Report of the Indian Hemp Drugs Commission, 1894-1895 - Volume V
Year: 1894
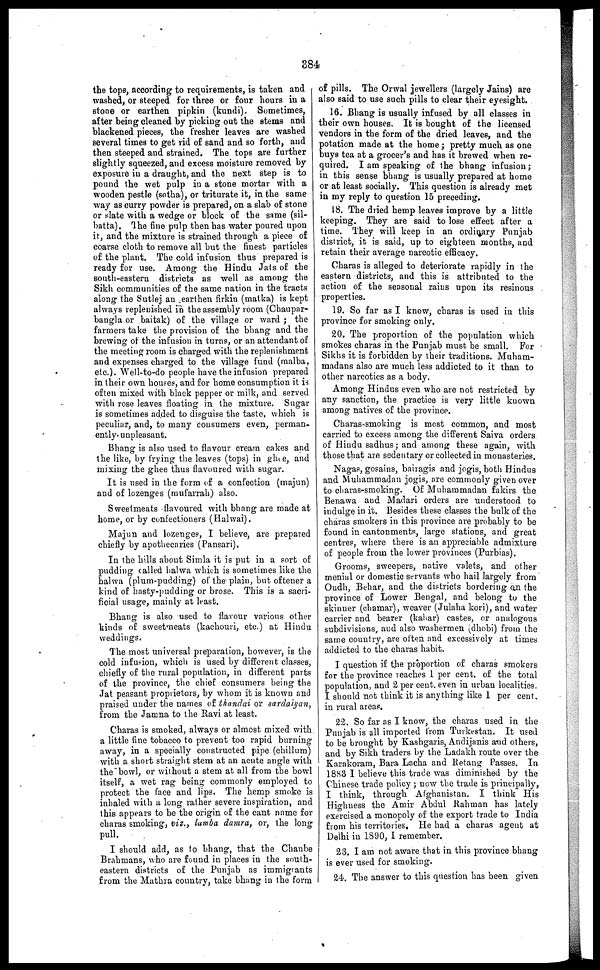
384
the tops, according to requirements, is taken and
washed, or steeped for three or four hours in a
stone or earthen pipkin (kundi). Sometimes,
after being cleaned by picking out the stems and
blackened pieces, the fresher leaves are washed
several times to get rid of sand and so forth, and
then steeped and strained. The tops are further
slightly squeezed, and excess moisture removed by
exposure in a draught, and the next step is to
pound the wet pulp in a stone mortar with a
wooden pestle (sotha), or triturate it, in the same
way as curry powder is prepared, on a slab of stone
or slate with a wedge or block of the same (sil-
batta). The fine pulp then has water poured upon
it, and the mixture is strained through a piece of
coarse cloth to remove all but the finest particles
of the plant. The cold infusion thus prepared is
ready for use. Among the Hindu Jats of the
south-eastern districts as well as among the
Sikh communities of the same nation in the tracts
along the Sutlej an earthen firkin (matka) is kept
always replenished in the assembly room (Chaupar-
baugla or baitak) of the village or ward; the
farmers take the provision of the bhang and the
brewing of the infusion in turns, or an attendant of
the meeting room is charged with the replenishment
and expenses charged to the village fund (malba,
etc.). Well-to-do people have the infusion prepared
in their own houses, and for home consumption it is
often mixed with black pepper or milk, and served
with rose leaves floating in the mixture. Sugar
is sometimes added to disguise the taste, which is
peculiar, and, to many consumers even, perman-
ently unpleasant.
Bhang is also used to flavour cream cakes and
the like, by trying the leaves (tops) in ghee, and
mixing the ghee thus flavoured with sugar.
It is used in the form of a confection (majun)
and of lozenges (mufarrah) also.
Sweetmeats flavoured with bhang are made at
home, or by confectioners (Halwai).
Majun and lozenges, I believe, are prepared
chiefly by apothecaries (Pansari).
In the hills about Simla it is put in a sort of
pudding called halwa which is sometimes like the
halwa (plum-pudding) of the plain, but oftener a
kind of hasty-pudding or brose. This is a sacri-
ficial usage, mainly at least.
Bhang is also used to flavour various other
kinds of sweetmeats (kachouri, etc.) at Hindu
weddings.
The most universal preparation, however, is the
cold infusion, which is used by different classes,
chiefly of the rural population, in different parts
of the province, the chief consumers being the
Jat peasant proprietors, by whom it is known and
praised under the names of thandai or sardaiyan,
from the Jamna to the Ravi at least.
Charas is smoked, always or almost mixed with
a little fine tobacco to prevent too rapid burning
away, in a specially constructed pipe (chillum)
with a short straight stem at an acute angle with
the bowl, or without a stem at all from the bowl
itself, a wet rag being commonly employed to
protect the face and lips. The hemp smoke is
inhaled with a long rather severe inspiration, and
this appears to be the origin of the cant name for
charas smoking, viz., lamba damra, or, the long
pull.
I should add, as to bhang, that the Chaube
Brahmans, who are found in places in the south-
eastern districts of the Punjab as immigrants
from the Mathra country, take bhang in the form
of pills. The Orwal jewellers (largely Jains) are
also said to use such pills to clear their eyesight.
16. Bhang is usually infused by all classes in
their own houses. It is bought of the licensed
vendors in the form of the dried leaves, and the
potation made at the home; pretty much as one
buys tea at a grocer's and has it brewed when re-
quired. I am speaking of the bhang infusion;
in this sense bhang is usually prepared at home
or at least socially. This question is already met
in my reply to question 15 preceding.
18. The dried hemp leaves improve by a little
keeping. They are said to lose effect after a
time. They will keep in an ordinary Punjab
district, it is said, up to eighteen months, and
retain their average narcotic efficacy.
Charas is alleged to deteriorate rapidly in the
eastern districts, and this is attributed to the
action of the seasonal rains upon its resinous
properties.
19. So far as I know, charas is used in this
province for smoking only.
20. The proportion of the population which
smokes charas in the Punjab must be small. For
Sikhs it is forbidden by their traditions. Muham-
madans also are much less addicted to it than to
other narcotics as a body.
Among Hindus even who are not restricted by
any sanction, the practice is very little known
among natives of the province.
Charas-smoking is most common, and most
carried to excess among the different Saiva orders
of Hindu sadhus; and among these again, with
those that are sedentary or collected in monasteries.
Nagas, gosains, bairagis and jogis, both Hindus
and Muhammadan jogis, are commonly given over
to charas-smoking. Of Muhammadan fakirs the
Benawa and Madari orders are understood to
indulge in it. Besides these classes the bulk of the
charas smokers in this province are probably to be
found in cantonments, large stations, and great
centres, where there is an appreciable admixture
of people from the lower provinces (Purbias).
Grooms, sweepers, native valets, and other
menial or domestic servants who hail largely from
Oudh, Behar, and the districts bordering on the
province of Lower Bengal, and belong to the
skinner (chamar), weaver (Julaha kori), and water
carrier and bearer (kahar) castes, or analogous
subdivisions, and also washermen (dhobi) from the
same country, are often and excessively at times
addicted to the charas habit.
I question if the proportion of charas smokers
for the province reaches 1 per cent. of the total
population, and 2 per cent. even in urban localities.
I should not think it is anything like 1 per cent.
in rural areas.
22. So far as I know, the charas used in the
Punjab is all imported from Turkestan. It used
to be brought by Kashgaris, Andijanis and others,
and by Sikh traders by the Ladakh route over the
Karakoram, Bara Lacha and Retang Passes. In
18S3 I believe this trace was diminished by the
Chinese trade policy; now the trade is principally,
I think, through Afghanistan. I think His
Highness the Amir Abdul Rahman has lately
exercised a monopoly of the export trade to India
from his territories. He had a charas agent at
Delhi in 1890, I remember.
23. I am not aware that in this province bhang
is ever used for smoking.
24. The answer to this question has been given